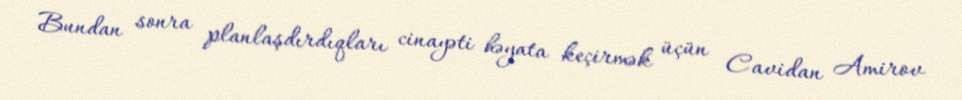
Bundan sonra planlaşdırdıqları cinayəti həyata keçirmək üçün Cavidan Amirov